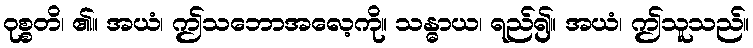
ဝုစ္စတိ၊ ၏။ အယံ၊ ဤသဘောအလေ့ကို။ သန္ဓာယ၊ ရည်၍။ အယံ၊ ဤသူသည်။